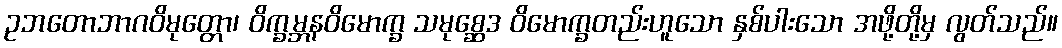
ဥဘတောဘာဂဝိမုတ္တော၊ ဝိက္ခမ္ဘနဝိမောက္ခ သမုစ္ဆေဒ ဝိမောက္ခတည်းဟူသော နှစ်ပါးသော အဖို့တို့မှ လွတ်သည်။